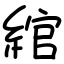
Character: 綰